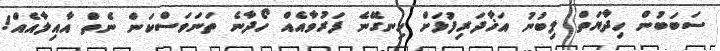
ސަބަބުން ހިދާޔަތް ލިބުނު އަޚާދަރިފުޅަށް ހިނގޭނެ ފަރުވާއެއް ހޯދާނެ ތަނަވަސްކަން ނެތް އާއިލާއެއް!